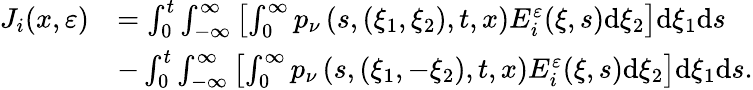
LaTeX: \begin{array}{rl}{J_{i}(x,\varepsilon)}&{=\int_{0}^{t}\int_{-\infty}^{\infty}\left[\int_{0}^{\infty}p_{\nu}\left(s,(\xi_{1},\xi_{2}),t,x\right)E_{i}^{\varepsilon}(\xi,s)\mathrm{d}\xi_{2}\right]\mathrm{d}\xi_{1}\mathrm{d}s}\\ &{-\int_{0}^{t}\int_{-\infty}^{\infty}\left[\int_{0}^{\infty}p_{\nu}\left(s,(\xi_{1},-\xi_{2}),t,x\right)E_{i}^{\varepsilon}(\xi,s)\mathrm{d}\xi_{2}\right]\mathrm{d}\xi_{1}\mathrm{d}s.}\end{array}